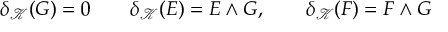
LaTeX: \delta _ { { \mathcal K } } ( G ) = 0 \qquad \delta _ { { \mathcal K } } ( E ) = E \wedge G , \qquad \delta _ { { \mathcal K } } ( F ) = F \wedge G